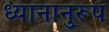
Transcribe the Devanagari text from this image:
ध्यानानुरूप